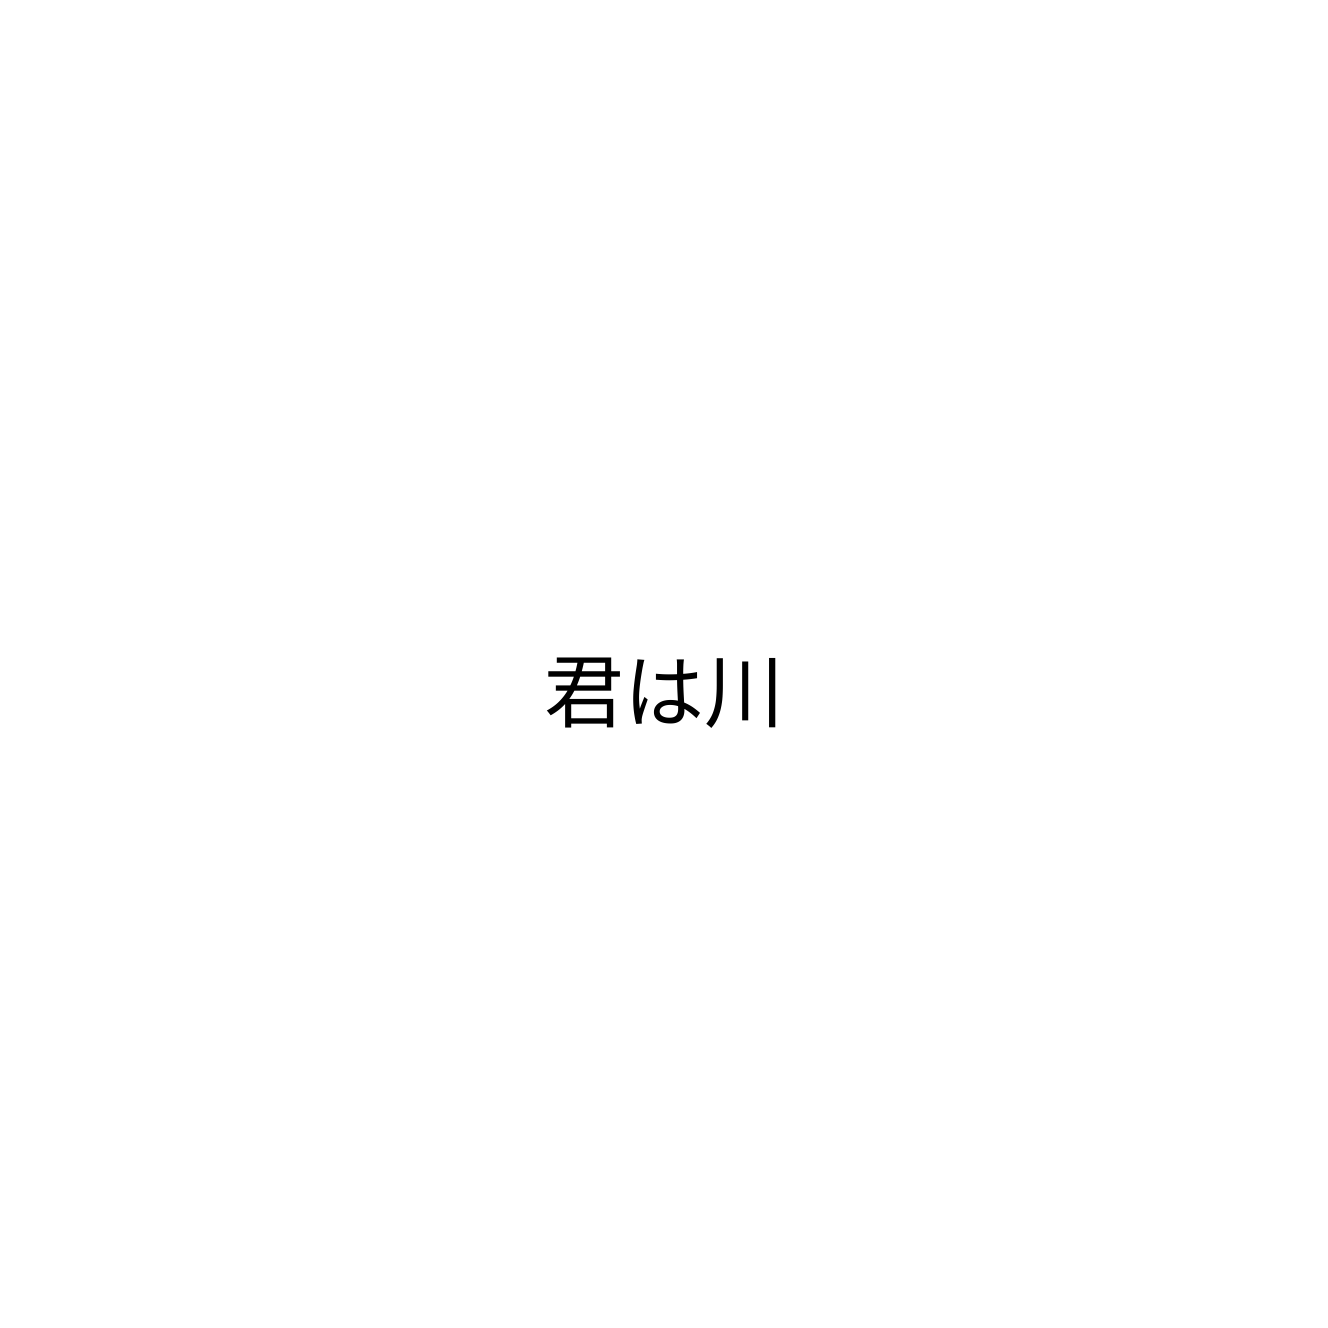
君は川